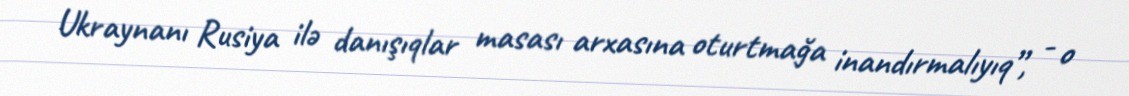
Ukraynanı Rusiya ilə danışıqlar masası arxasına oturtmağa inandırmalıyıq”, - o